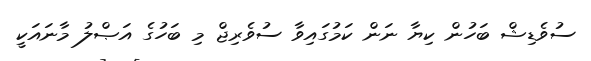
ސުވެޑިޝް ބަހުން ކިޔާ ނަން ކަމުގައިވާ ސުވެރިޖް މި ބަހުގެ އަޞްލު މާނައަކީ